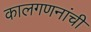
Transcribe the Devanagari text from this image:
कालगणनांची